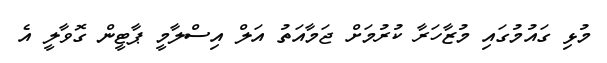
މުޅި ގައުމުގައި މުޒާހަރާ ކުރުމަށް ޖަމާއަތު އަލް އިސްލާމީ ޕާޓީން ގޮވާލީ އެ